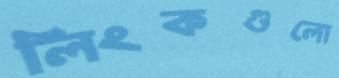
লিংকগুলো